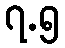
၇.၅